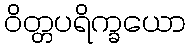
ဝိတ္တပရိက္ခယော